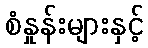
စံနှုန်းများနှင့်